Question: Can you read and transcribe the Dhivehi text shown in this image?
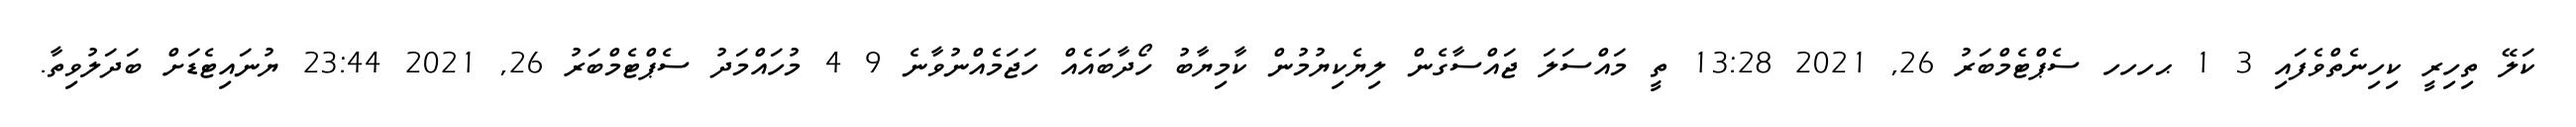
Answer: ކަލޭ ތިހިރީ ކިހިނެތްވެފައި 3 1 ޙހހހ ސެޕްޓެމްބަރު 26, 2021 13:28 ތީ މައްސަލަ ޖައްސާގެން ލިޔެކިޔުމުން ކާމިޔާބު ހޯދާބައެއް ހަޖަމެއްނުވާނެ 9 4 މުހައްމަދު ސެޕްޓެމްބަރު 26, 2021 23:44 ޔުނައިޓެޑަށް ބަދަލުވިތާ.